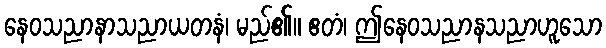
နေဝသညာနာသညာယတနံ၊ မည်၏။ ဧတံ၊ ဤနေဝသညာနသညာဟူသော